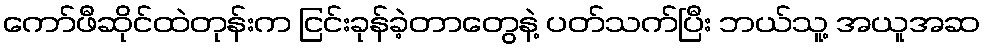
ကော်ဖီဆိုင်ထဲတုန်းက ငြင်းခုန်ခဲ့တာတွေနဲ့ ပတ်သက်ပြီး ဘယ်သူ့ အယူအဆ